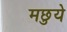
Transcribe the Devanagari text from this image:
मछुये